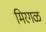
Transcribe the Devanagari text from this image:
मिरगळ